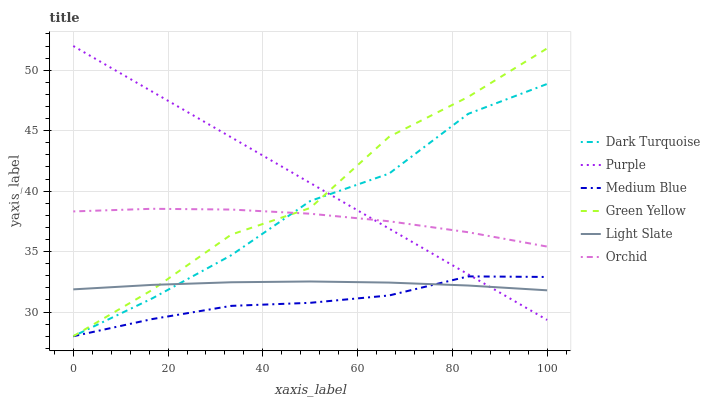
| xaxis_label | Dark Turquoise | Purple | Medium Blue | Green Yellow | Light Slate | Orchid |
 | --- | --- | --- | --- | --- | --- | --- |
 | 0 | 28 | 52 | 28 | 28 | 31.9 | 38.3 |
 | 16.7 | 31.1 | 48.2 | 29.4 | 31.8 | 32.2 | 38.5 |
 | 33.3 | 34.7 | 44.4 | 30.5 | 36.4 | 32.5 | 38.5 |
 | 50 | 39.2 | 40.7 | 30.8 | 38.6 | 32.5 | 38.1 |
 | 66.7 | 41.5 | 36.9 | 31.4 | 44.5 | 32.4 | 37.5 |
 | 83.3 | 46.4 | 33.1 | 32.9 | 47.8 | 32.2 | 36.6 |
 | 100 | 48.9 | 29.3 | 32.9 | 51.8 | 31.8 | 35.4 |